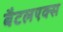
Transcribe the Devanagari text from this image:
बैटलएक्स